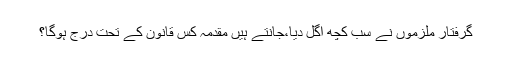
گرفتار ملزموں نے سب کچھ اگل دیا،جانتے ہیں مقدمہ کس قانون کے تحت درج ہوگا؟